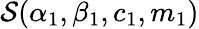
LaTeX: \mathcal{S}(\alpha_{1},\beta_{1},c_{1},m_{1})